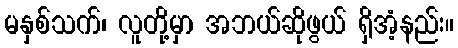
မနှစ်သက်၊ လူတို့မှာ အဘယ်ဆိုဖွယ် ရှိအံ့နည်း။